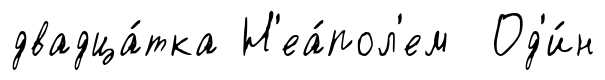
двадца́тка Н'еа́пол'ем Од'и́н